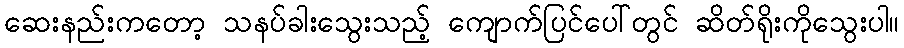
ဆေးနည်းကတော့ သနပ်ခါးသွေးသည့် ကျောက်ပြင်ပေါ်တွင် ဆိတ်ရိုးကိုသွေးပါ။